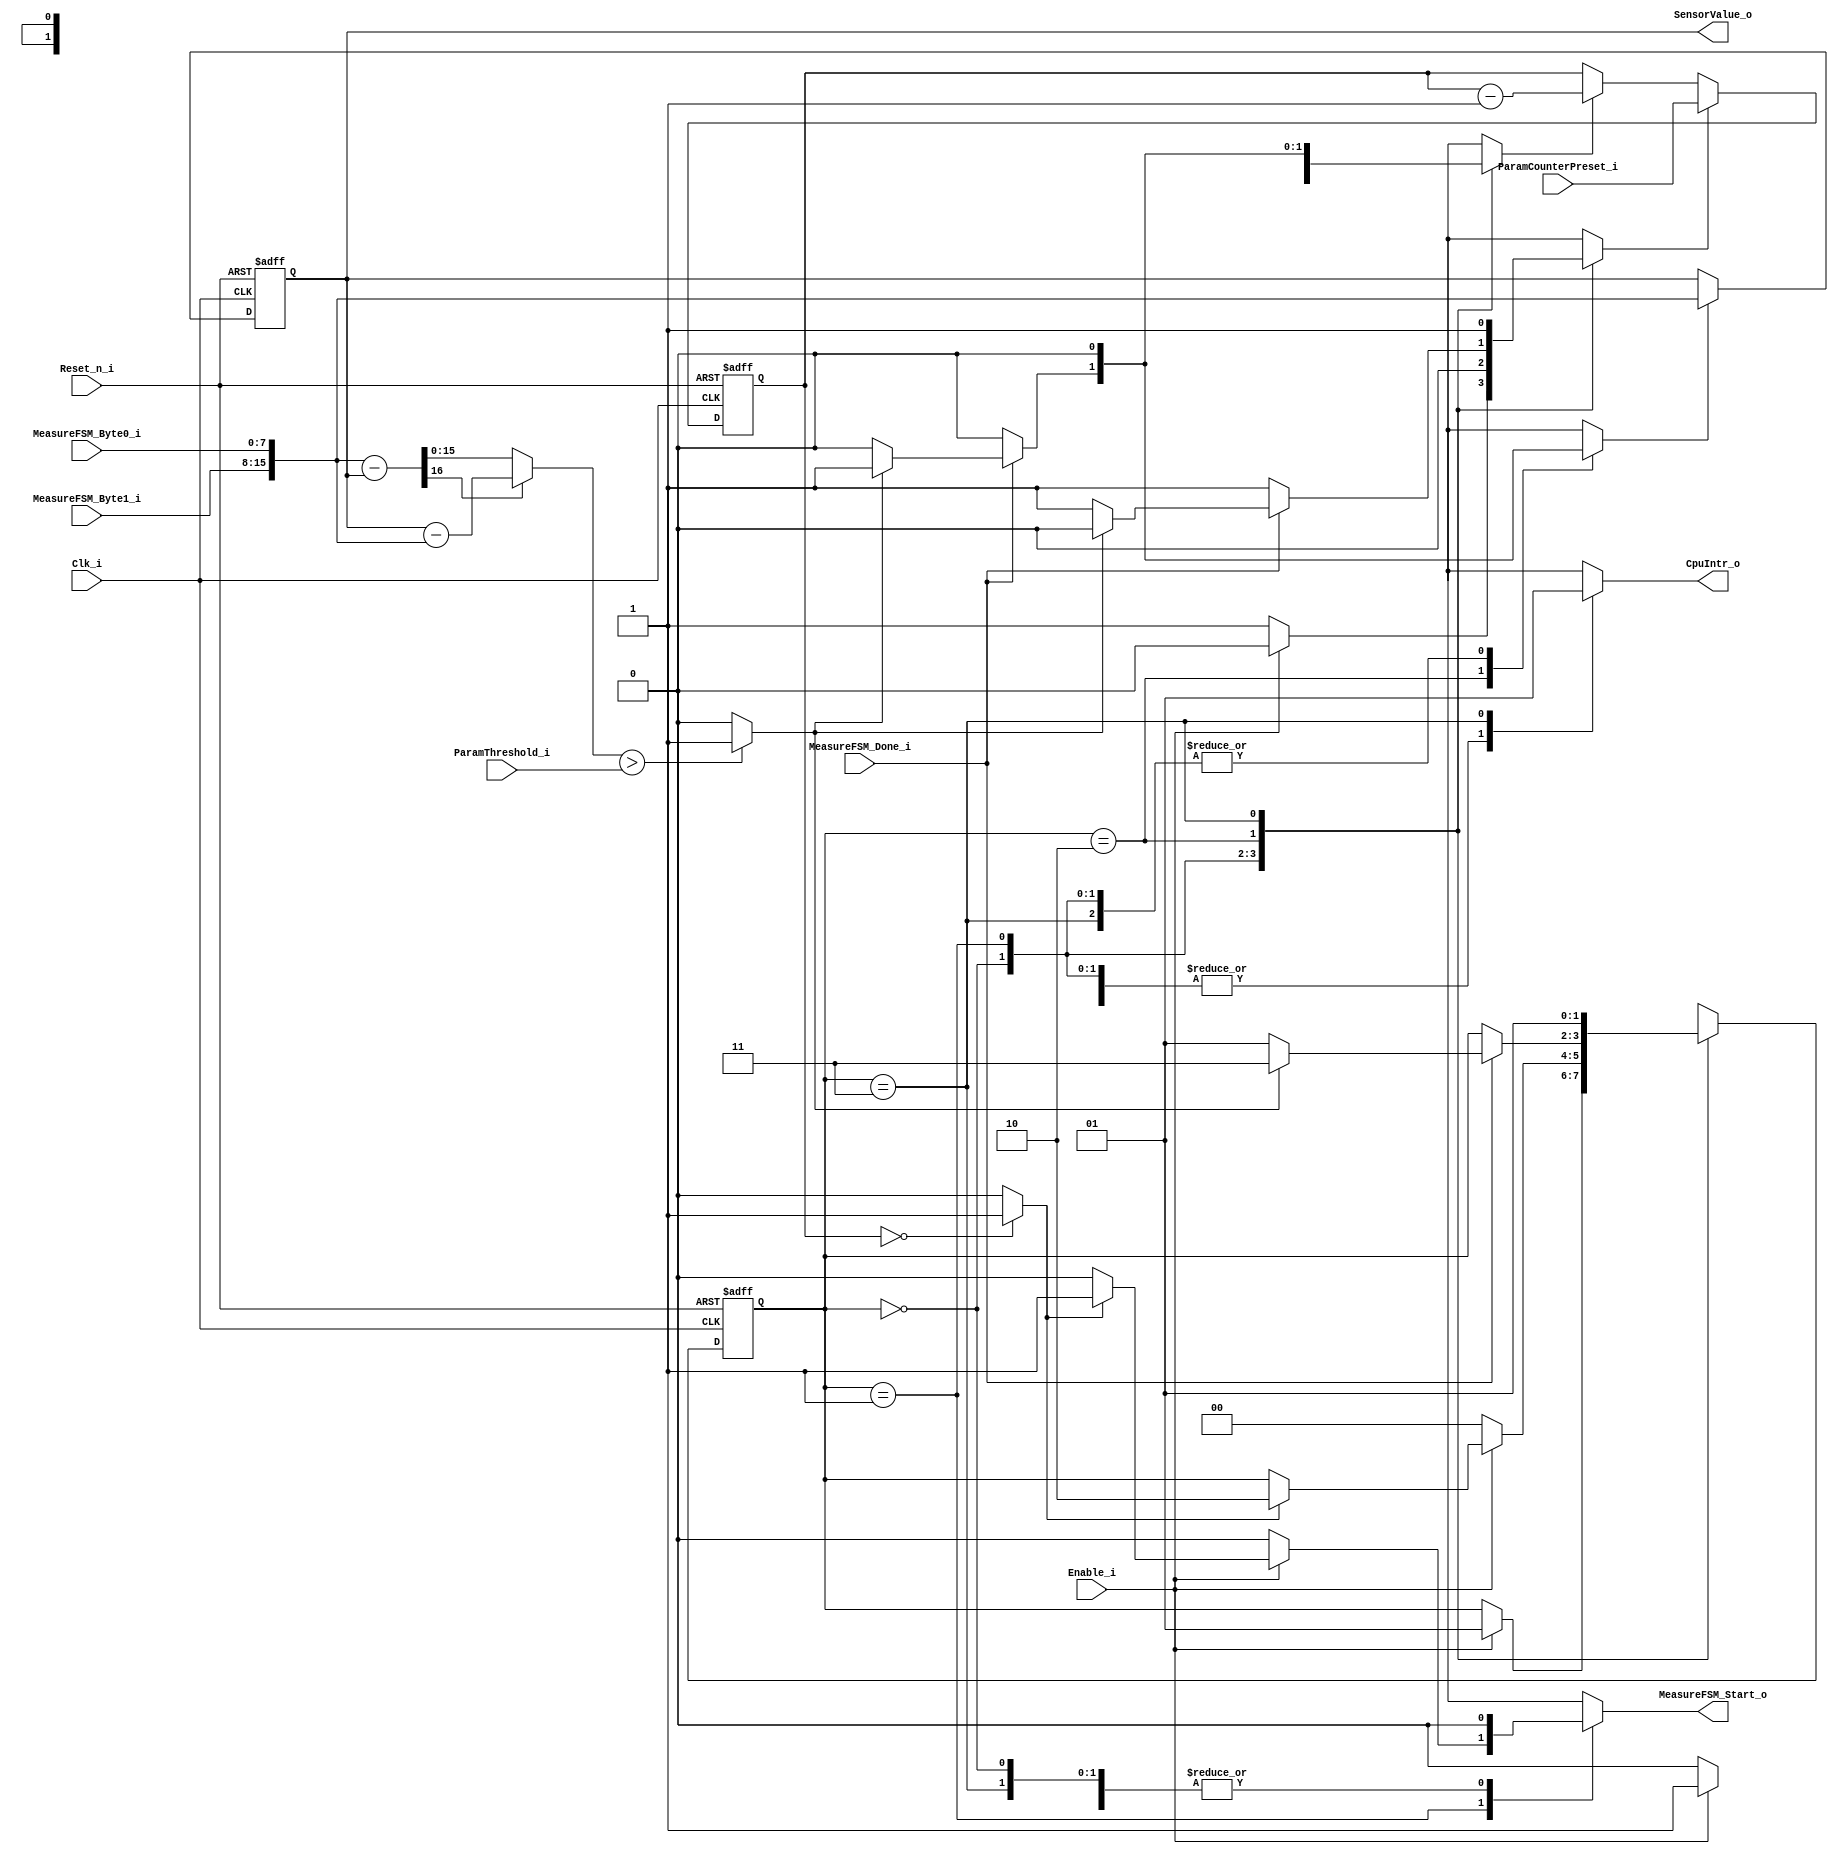
module SensorFSM_6 #(
  parameter DataWidth = 8
) (
  input                        Reset_n_i,
  input                        Clk_i,
  input                        Enable_i,
  output reg                   CpuIntr_o,
  output     [2*DataWidth-1:0] SensorValue_o,
  output reg                   MeasureFSM_Start_o,
  input                        MeasureFSM_Done_i,
  input     [DataWidth-1:0]    MeasureFSM_Byte0_i,
  input     [DataWidth-1:0]    MeasureFSM_Byte1_i,
  input [2*DataWidth-1:0]      ParamThreshold_i,
  input [2*DataWidth-1:0]      ParamCounterPreset_i
);
  localparam stDisabled   = 2'b00;
  localparam stIdle       = 2'b01;
  localparam stXfer       = 2'b10;
  localparam stNotify     = 2'b11;
  reg  [1:0]             SensorFSM_State;
  reg  [1:0]             SensorFSM_NextState;
  wire                   SensorFSM_TimerOvfl;
  reg                    SensorFSM_TimerPreset;
  reg                    SensorFSM_TimerEnable;
  wire                   SensorFSM_DiffTooLarge;
  reg                    SensorFSM_StoreNewValue;
  wire [2*DataWidth-1:0] SensorValue;
  reg  [2*DataWidth-1:0] Word0;
  wire [2*DataWidth-1:0] AbsDiffResult;
  always @(negedge Reset_n_i or posedge Clk_i)
  begin
    if (!Reset_n_i)
    begin
      SensorFSM_State <= stDisabled;
    end
    else
    begin
      SensorFSM_State <= SensorFSM_NextState;
    end  
  end
  always @(SensorFSM_State, Enable_i, SensorFSM_TimerOvfl, MeasureFSM_Done_i, SensorFSM_DiffTooLarge)
  begin  
    SensorFSM_NextState     = SensorFSM_State;
    SensorFSM_TimerPreset   = 1'b1;
    SensorFSM_TimerEnable   = 1'b0;
    MeasureFSM_Start_o      = 1'b0;
    SensorFSM_StoreNewValue = 1'b0;
    CpuIntr_o               = 1'b0;
    case (SensorFSM_State)
      stDisabled: begin
        if (Enable_i == 1'b1)
        begin
          SensorFSM_NextState     = stIdle;
          SensorFSM_TimerPreset   = 1'b0;
          SensorFSM_TimerEnable   = 1'b1;  
        end
      end
      stIdle: begin
        SensorFSM_TimerPreset   = 1'b0;
        SensorFSM_TimerEnable   = 1'b1;  
        if (Enable_i == 1'b0)
        begin
          SensorFSM_NextState     = stDisabled;
        end
        else
        if (SensorFSM_TimerOvfl == 1'b1)
        begin
          SensorFSM_NextState     = stXfer;
          MeasureFSM_Start_o      = 1'b1;
        end
      end
      stXfer: begin
        if (MeasureFSM_Done_i == 1'b1)
        begin
          if (SensorFSM_DiffTooLarge == 1'b1)
          begin
            SensorFSM_NextState     = stNotify;
            SensorFSM_TimerPreset   = 1'b0;
            SensorFSM_TimerEnable   = 1'b1;  
            SensorFSM_StoreNewValue = 1'b1;  
          end
          else
          begin
            SensorFSM_NextState     = stIdle;
          end
        end
      end
      stNotify: begin
        SensorFSM_TimerPreset   = 1'b1;
        SensorFSM_TimerEnable   = 1'b0;  
        SensorFSM_NextState     = stIdle;
        CpuIntr_o               = 1'b1;  
      end
      default: begin
      end
    endcase
  end 
  reg [2*DataWidth-1:0] SensorFSM_Timer;
  always @(negedge Reset_n_i or posedge Clk_i)
  begin
    if (!Reset_n_i)
    begin
      SensorFSM_Timer <= 16'd0;
    end
    else
    begin
      if (SensorFSM_TimerPreset)
      begin
        SensorFSM_Timer <= ParamCounterPreset_i;
      end
      else if (SensorFSM_TimerEnable)
      begin
        SensorFSM_Timer <= SensorFSM_Timer - 1'b1;
      end
    end  
  end
  assign SensorFSM_TimerOvfl = (SensorFSM_Timer == 0) ? 1'b1 : 1'b0;
  assign SensorValue = {MeasureFSM_Byte1_i, MeasureFSM_Byte0_i};
  always @(negedge Reset_n_i or posedge Clk_i)
  begin
    if (!Reset_n_i)
    begin
      Word0 <= 16'd0;
    end
    else
    begin
      if (SensorFSM_StoreNewValue)
      begin
        Word0 <= SensorValue;
      end
    end  
  end
  wire [2*DataWidth   : 0] DiffAB;
  wire [2*DataWidth-1 : 0] DiffBA;
  assign DiffAB = {1'b0, SensorValue} - {1'b0, Word0};
  assign DiffBA =        Word0        -        SensorValue;
  assign AbsDiffResult = DiffAB[2*DataWidth] ? DiffBA : DiffAB[2*DataWidth-1 : 0];
  assign SensorFSM_DiffTooLarge = (AbsDiffResult > ParamThreshold_i) ? 1'b1 : 1'b0;
  assign SensorValue_o = Word0;
endmodule